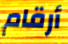
أرقام